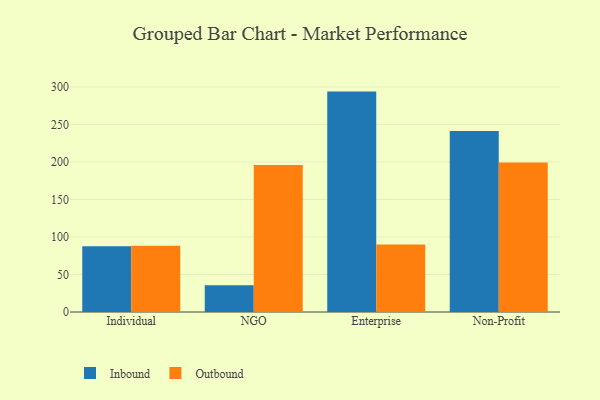
{"axis": {"x": "Segment", "y": "Gross Profit (USD K)"}, "legend": ["Inbound", "Outbound"], "data": [{"x": "Individual", "y": 87.8, "type": "Inbound"}, {"x": "Individual", "y": 88.3, "type": "Outbound"}, {"x": "NGO", "y": 35.6, "type": "Inbound"}, {"x": "NGO", "y": 196.1, "type": "Outbound"}, {"x": "Enterprise", "y": 293.8, "type": "Inbound"}, {"x": "Enterprise", "y": 90.1, "type": "Outbound"}, {"x": "Non-Profit", "y": 241.4, "type": "Inbound"}, {"x": "Non-Profit", "y": 199.2, "type": "Outbound"}]}